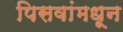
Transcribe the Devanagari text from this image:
पिसवांमधून